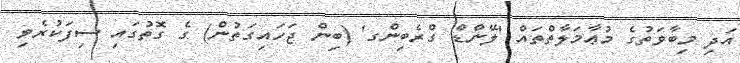
އަދި މިބާވަތުގެ މުޢާމަލާތްތައް 'ލޭންޑް ގްރެބިންގ' (ބިން ޖަހައިގަތުން) ގެ ގޮތުގައި ސިފަކުރެވި